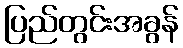
ပြည်တွင်းအခွန်